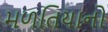
મળતિયાનો